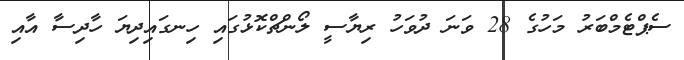
ސެޕްޓެމްބަރު މަހުގެ 28 ވަނަ ދުވަހު ރިޔާސީ ލޯންޗްކޮޅުގައި ހިނގައިދިޔަ ހާދިސާ އާއި